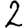
Digit: 2